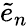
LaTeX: \tilde{e}_{n}